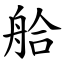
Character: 䑪